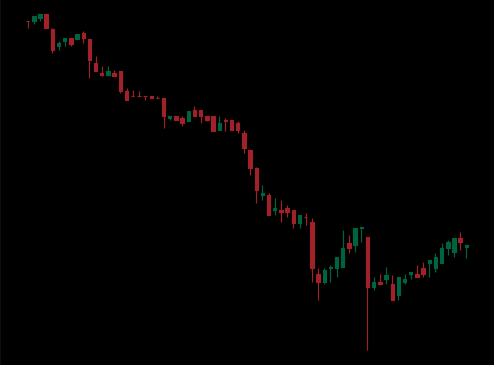
Pattern: bull_flag